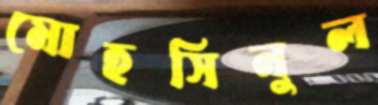
মোহসিনুল